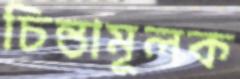
চিন্তামূলক